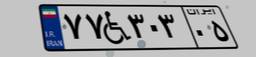
۷۷W۳۰۳۰۵